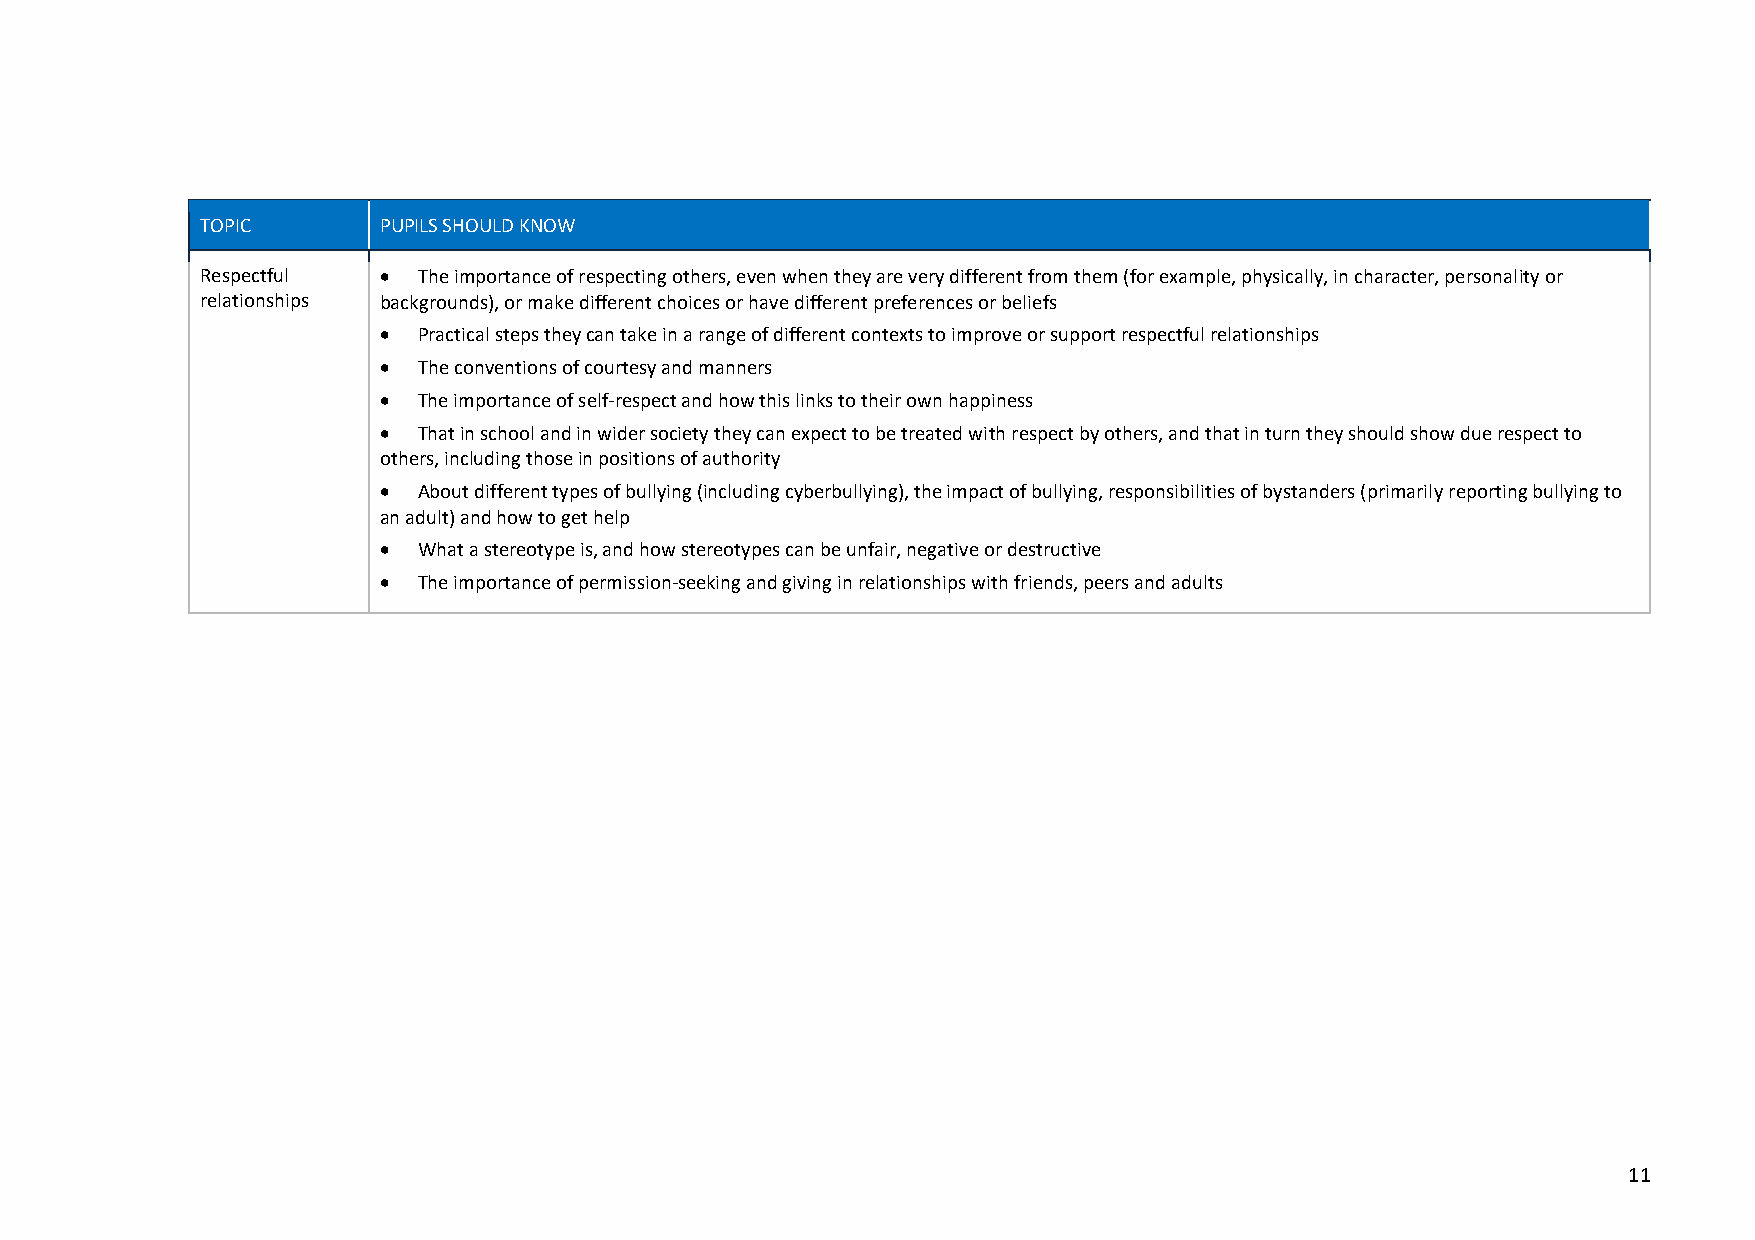
TOPIC       PUPILS SHOULD KNOW
 Respectful  •  The importance of respecting others, even when they are very different from them (for example, physically, in character, personality or
 relationships backgrounds), or make different choices or have different preferences or beliefs
 •  Practical steps they can take in a range of different contexts to improve or support respectful relationships
 •  The conventions of courtesy and manners
 •  The importance of self-respect and how this links to their own happiness
 •  That in school and in wider society they can expect to be treated with respect by others, and that in turn they should show due respect to
 others, including those in positions of authority
 •  About different types of bullying (including cyberbullying), the impact of bullying, responsibilities of bystanders (primarily reporting bullying to
 an adult) and how to get help
 •  What a stereotype is, and how stereotypes can be unfair, negative or destructive
 •  The importance of permission-seeking and giving in relationships with friends, peers and adults
 11